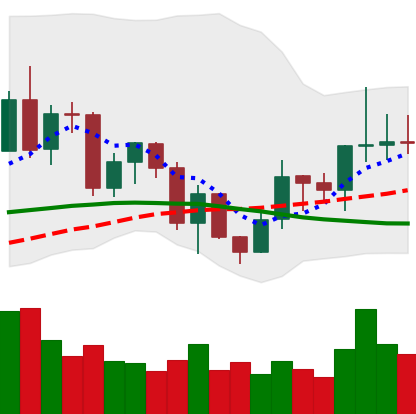
Ticker: LINK-USD
Chart end date: 2020-12-19
Forward return: -14.206%
Label: down_7plus